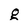
Character: g